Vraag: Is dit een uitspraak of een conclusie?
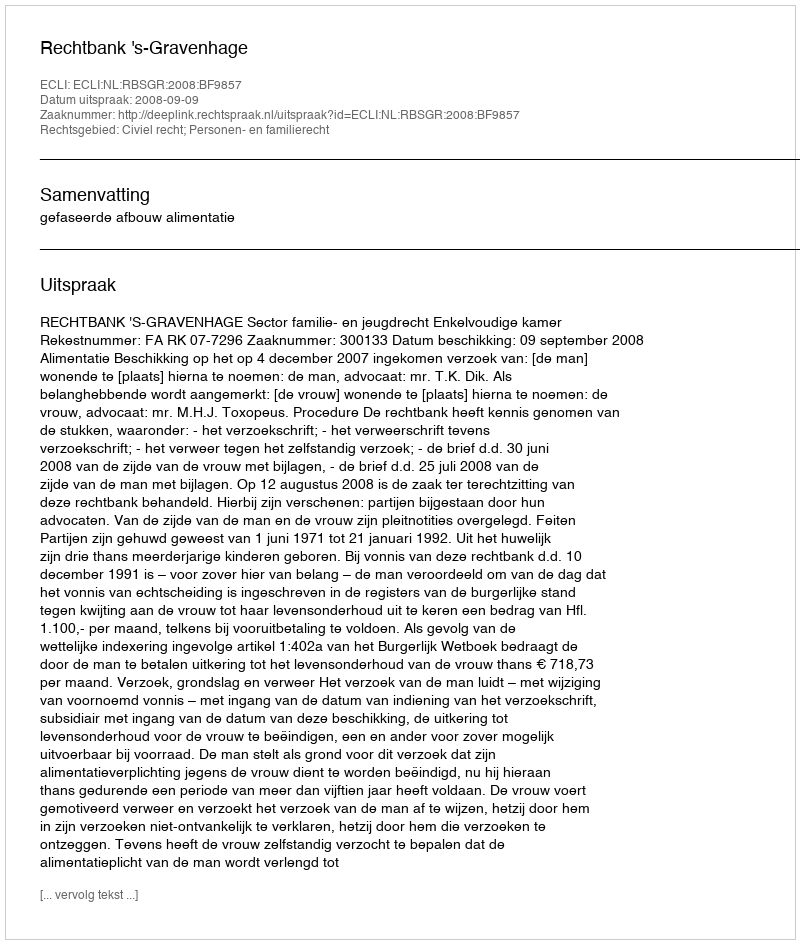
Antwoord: Uitspraak